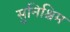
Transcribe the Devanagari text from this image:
सुनिश्चिम